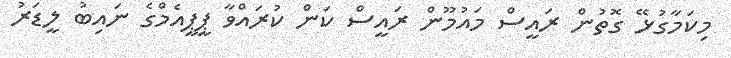
މިކަމާގުޅޭ ގޮތުން ރައީސް މައުމޫން ރައީސް ކަން ކުރައްވާ ޕީޕީއެމްގެ ނައިބު ލީޑަރު